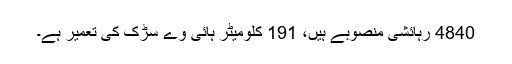
4840 رہائشی منصوبے ہیں، 191 کلومیٹر ہائی وے سڑک کی تعمیر ہے۔